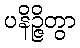
ပနိဉ္ဇိတွာ